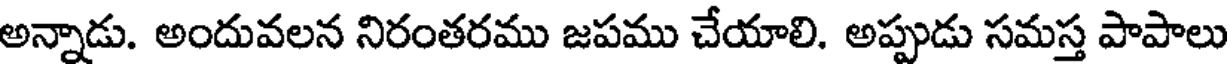
అన్నాడు. అందువలన నిరంతరము జపము చేయాలి. అప్పుడు సమస్త పాపాలు